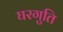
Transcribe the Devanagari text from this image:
घरगुति